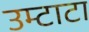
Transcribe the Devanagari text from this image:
उम्टाटा